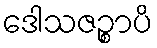
ဒေါသဇဉ္စာပိ